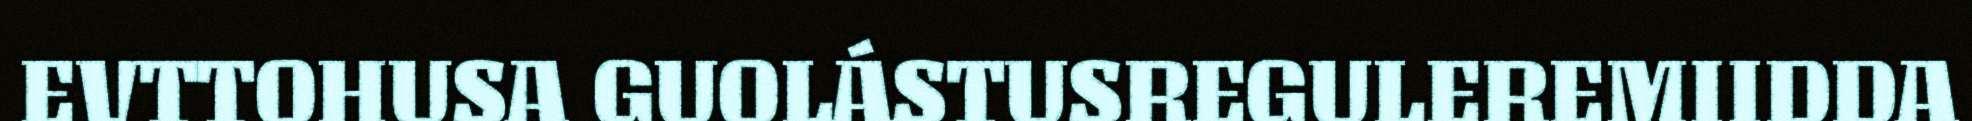
EVTTOHUSA GUOLÁSTUSREGULEREMIIDDA